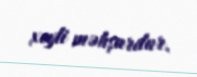
xeyli məhşurdur.